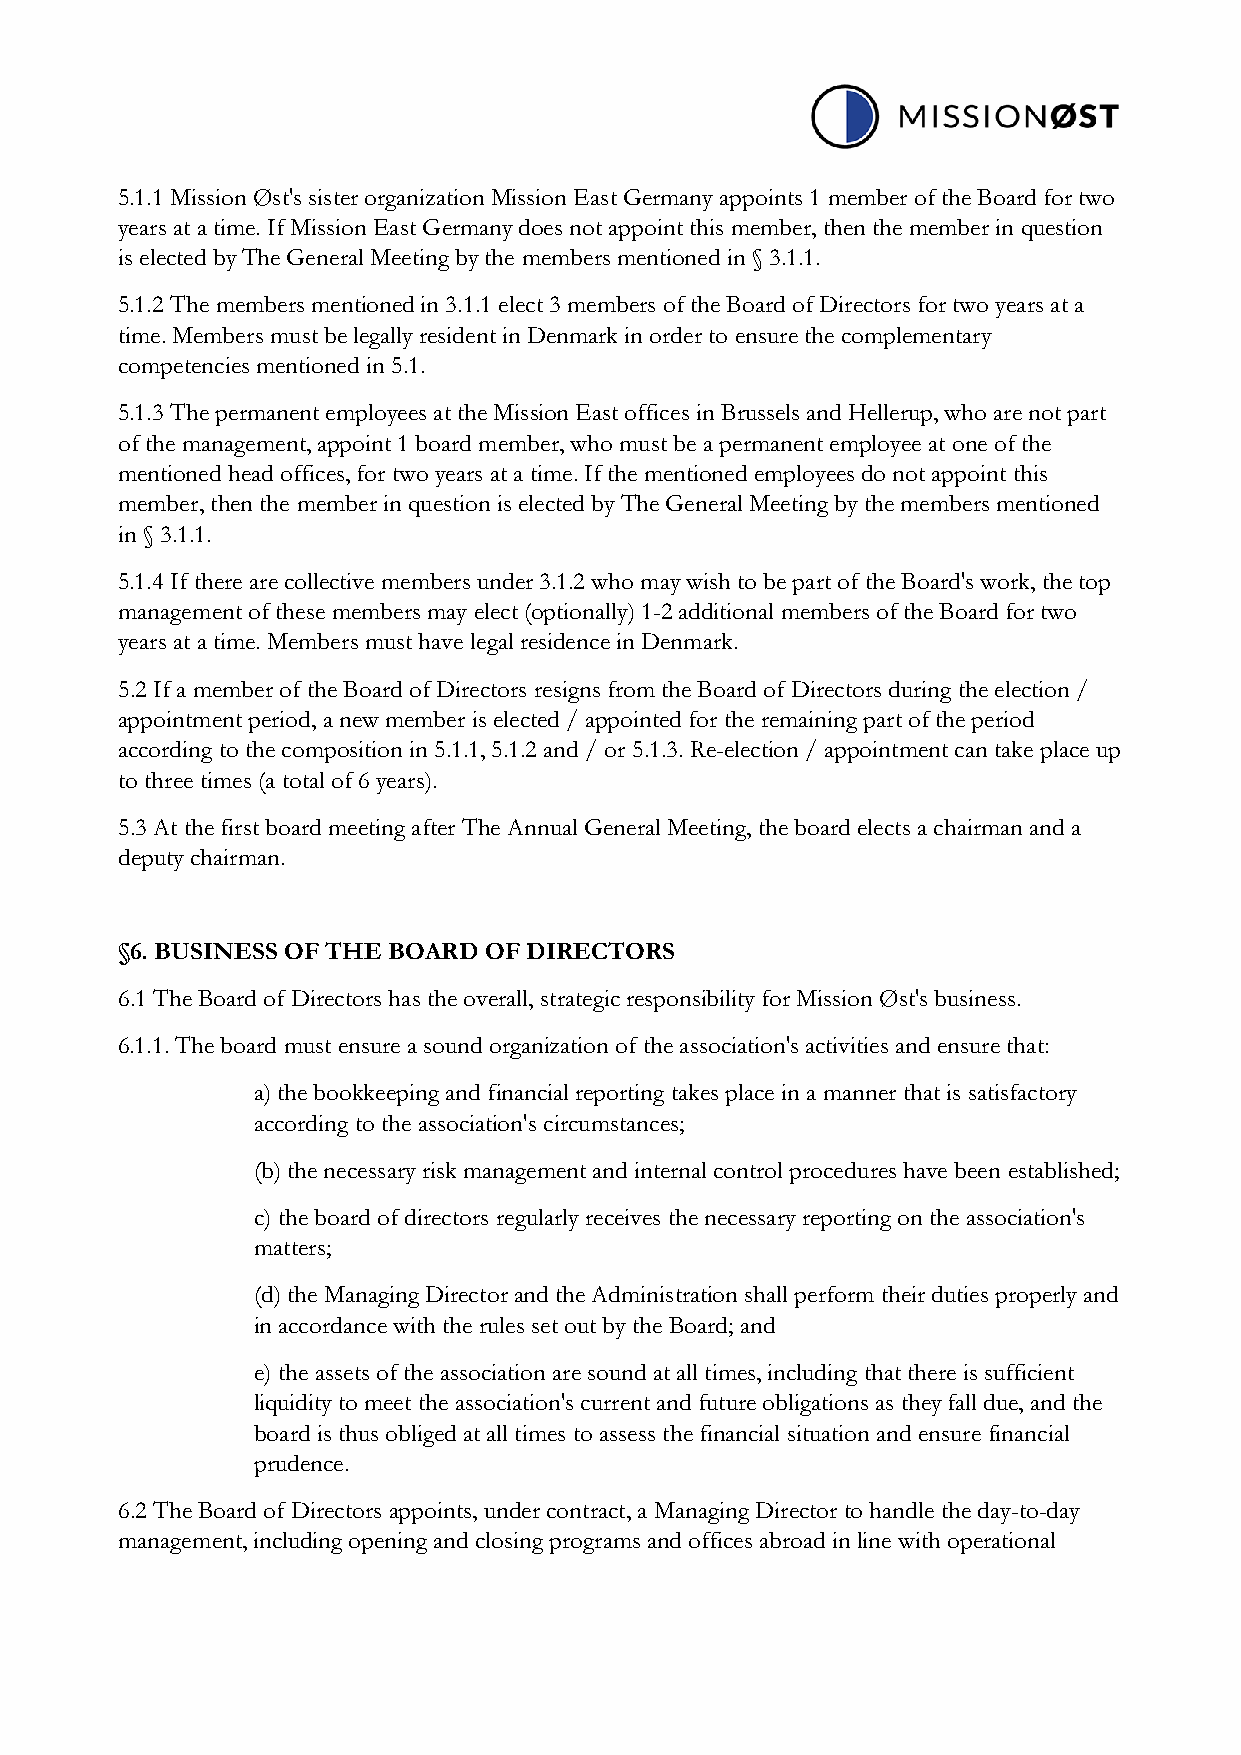
5.1.1 Mission Øst's sister organization Mission East Germany appoints 1 member of the Board for two
 years at a time. If Mission East Germany does not appoint this member, then the member in question
 is elected by The General Meeting by the members mentioned in § 3.1.1.
 5.1.2 The members mentioned in 3.1.1 elect 3 members of the Board of Directors for two years at a
 time. Members must be legally resident in Denmark in order to ensure the complementary
 competencies mentioned in 5.1.
 5.1.3 The permanent employees at the Mission East offices in Brussels and Hellerup, who are not part
 of the management, appoint 1 board member, who must be a permanent employee at one of the
 mentioned head offices, for two years at a time. If the mentioned employees do not appoint this
 member, then the member in question is elected by The General Meeting by the members mentioned
 in § 3.1.1.
 5.1.4 If there are collective members under 3.1.2 who may wish to be part of the Board's work, the top
 management of these members may elect (optionally) 1-2 additional members of the Board for two
 years at a time. Members must have legal residence in Denmark.
 5.2 If a member of the Board of Directors resigns from the Board of Directors during the election /
 appointment period, a new member is elected / appointed for the remaining part of the period
 according to the composition in 5.1.1, 5.1.2 and / or 5.1.3. Re-election / appointment can take place up
 to three times (a total of 6 years).
 5.3 At the first board meeting after The Annual General Meeting, the board elects a chairman and a
 deputy chairman.
 §6. BUSINESS OF THE BOARD OF DIRECTORS
 6.1 The Board of Directors has the overall, strategic responsibility for Mission Øst's business.
 6.1.1. The board must ensure a sound organization of the association's activities and ensure that:
 a) the bookkeeping and financial reporting takes place in a manner that is satisfactory
 according to the association's circumstances;
 (b) the necessary risk management and internal control procedures have been established;
 c) the board of directors regularly receives the necessary reporting on the association's
 matters;
 (d) the Managing Director and the Administration shall perform their duties properly and
 in accordance with the rules set out by the Board; and
 e) the assets of the association are sound at all times, including that there is sufficient
 liquidity to meet the association's current and future obligations as they fall due, and the
 board is thus obliged at all times to assess the financial situation and ensure financial
 prudence.
 6.2 The Board of Directors appoints, under contract, a Managing Director to handle the day-to-day
 management, including opening and closing programs and offices abroad in line with operational